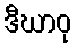
ဒီဃာဝု